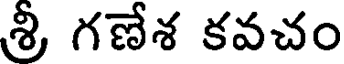
శ్రీ గణేశ కవచం